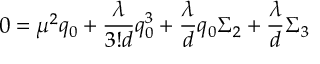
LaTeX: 0 = \mu ^ { 2 } q _ { 0 } + { \frac { \lambda } { 3 ! d } } q _ { 0 } ^ { 3 } + { \frac { \lambda } { d } } q _ { 0 } \Sigma _ { 2 } + { \frac { \lambda } { d } } \Sigma _ { 3 }